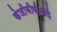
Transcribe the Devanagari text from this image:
केजीबीवीवाई